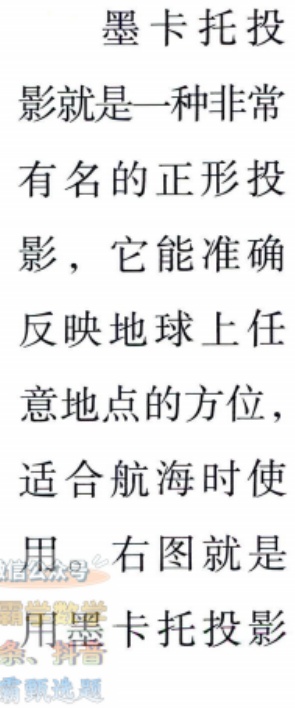
墨卡托投
影就是一种非常
有名的正形投
影，它能准确
反映地球上任
意地点的方位，
适合航海时使
用。右图就是
用墨卡托投影
条、抖音
精选题